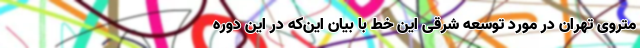
متروی تهران در مورد توسعه شرقی این خط با بیان این‌که در این دوره